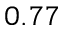
0 . 7 7